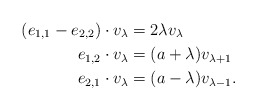
\begin{align*} (e_{1,1}-e_{2,2}) \cdot v_{\lambda} &= 2\lambda v_{\lambda}\\ e_{1,2} \cdot v_{\lambda} &= (a+\lambda) v_{\lambda+1}\\ e_{2,1} \cdot v_{\lambda} &= (a-\lambda) v_{\lambda-1}.\end{align*}